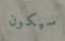
سيكون